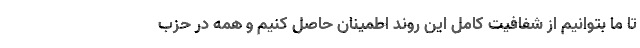
تا ما بتوانیم از شفافیت کامل این روند اطمینان حاصل کنیم و همه در حزب